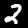
Digit: 2